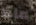
ماذا